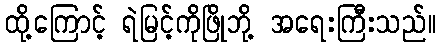
ထို့ကြောင့် ရဲမြင့်ကိုဖြိုဘို့ အရေးကြီးသည်။